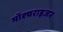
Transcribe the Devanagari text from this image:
मॉश्चराइजर